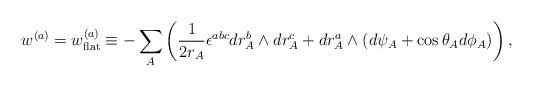
LaTeX: \begin{align*}w^{(a)}=w^{(a)}_{\rm flat}\equiv-\sum_A \left(\frac{1}{2r_A}\epsilon^{abc}dr_A^b\wedge dr_A^c+dr_A^a\wedge (d\psi_A+\cos\theta_A d\phi_A)\right),\end{align*}